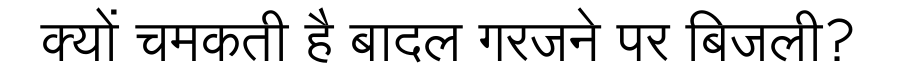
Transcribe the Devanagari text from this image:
क्यों चमकती है बादल गरजने पर बिजली?